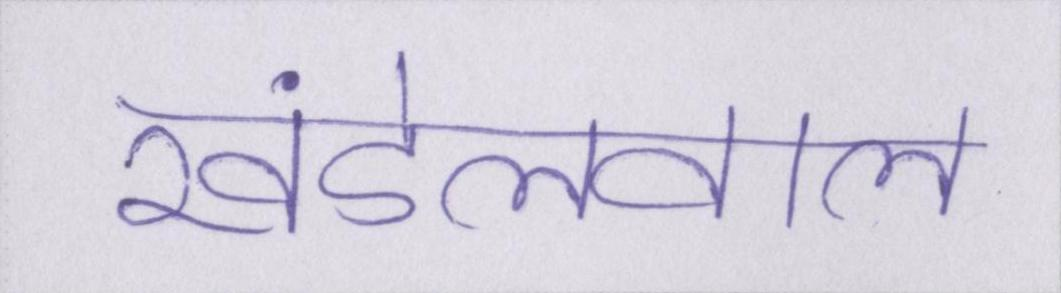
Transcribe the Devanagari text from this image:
खंडेलवाल